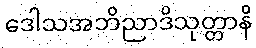
ဒေါသအဘိညာဒိသုတ္တာနိ